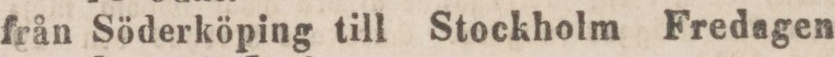
från Söderköping till Stockholm Fredagen